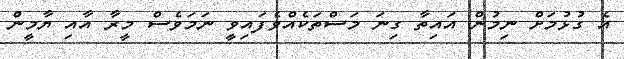
އެ ގުޅުމަށް ނިމުން އައިތާ ގިނަ މަސްތަކެއްވެފައިވީ ނަމަވެސް މީރާ އާއި ޔާމީން